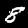
Digit: 8